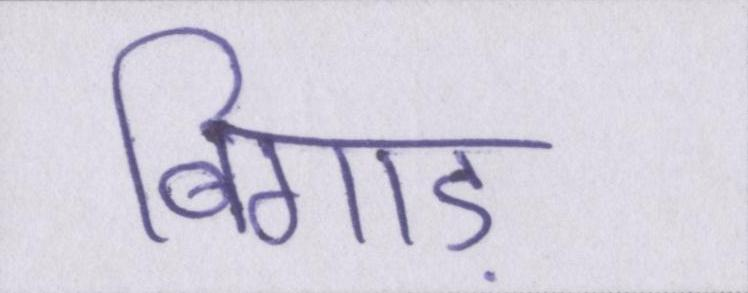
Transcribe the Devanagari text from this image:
बिगाड़